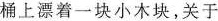
桶上漂着一块小木块，关于